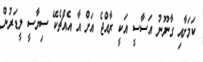
ކަމަށާއި ގާނޫނު އަސާސީ އަކީ ރާއްޖެ އަށް އާ އެއްޗެކޭ ސިޔާސީ ލީޑަރުން